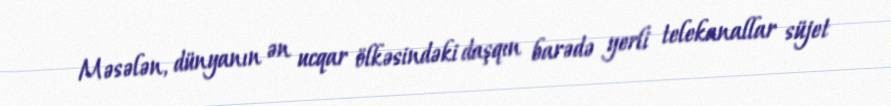
Məsələn, dünyanın ən ucqar ölkəsindəki daşqın barədə yerli telekanallar süjet